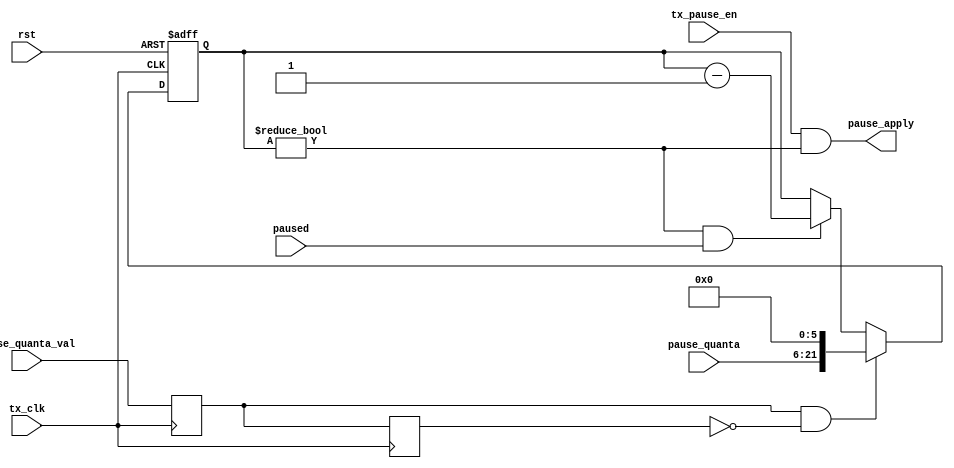

// TX side of flow control -- when other side sends PAUSE, we wait

module flow_ctrl_tx
  (input        rst,
   input        tx_clk,
   //host processor
   input        tx_pause_en,
   // From MAC_rx_ctrl
   input [15:0] pause_quanta,
   input        pause_quanta_val,
   // MAC_tx_ctrl
   output       pause_apply,
   input        paused);
     
   // ******************************************************************************        
   // Inhibit our TX from transmitting because they sent us a PAUSE frame
   // ******************************************************************************

   // Pauses are in units of 512 bit times, or 64 bytes/clock cycles, and can be
   //   as big as 16 bits, so 22 bits are needed for the counter
   
   reg [15+6:0] pause_quanta_counter;
   reg 		pqval_d1, pqval_d2;		

   always @(posedge tx_clk) pqval_d1 <= pause_quanta_val;
   always @(posedge tx_clk) pqval_d2 <= pqval_d1;

   always @ (posedge tx_clk or posedge rst)
     if (rst)
       pause_quanta_counter <= 0;
     else if (pqval_d1 & ~pqval_d2)
       pause_quanta_counter <= {pause_quanta, 6'b0}; 
     else if((pause_quanta_counter!=0) & paused)
       pause_quanta_counter <= pause_quanta_counter - 1;

   assign	pause_apply = tx_pause_en & (pause_quanta_counter != 0);
   
endmodule // flow_ctrl